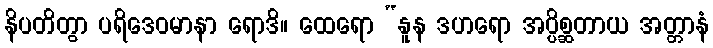
နိပတိတွာ ပရိဒေဝမာနာ ရောဒိ။ ထေရော “နူန ဒဟရော အပ္ပိစ္ဆတာယ အတ္တာနံ